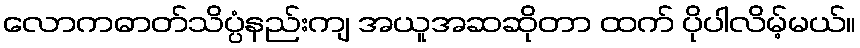
လောကဓာတ်သိပ္ပံနည်းကျ အယူအဆဆိုတာ ထက် ပိုပါလိမ့်မယ်။